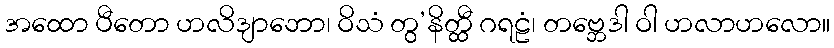
အထော ပီတော ဟလိဒျာဘော၊ ဝိသံ တွ’နိတ္ထီ ဂရဠံ၊ တဗ္ဘေဒါ ဝါ ဟလာဟလော။